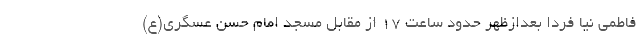
فاطمی نیا فردا بعدازظهر حدود ساعت ۱۷ از مقابل مسجد امام حسن عسگری(ع)